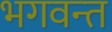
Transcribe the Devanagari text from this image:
भगवन्‍त